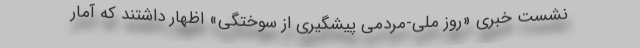
نشست خبری «روز ملی-مردمی پیشگیری از سوختگی» اظهار داشتند که آمار